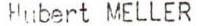
Hubert MELLER